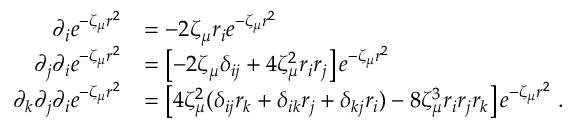
\begin{array} { r l } { \partial _ { i } e ^ { - \zeta _ { \mu } r ^ { 2 } } } & { = - 2 \zeta _ { \mu } r _ { i } e ^ { - \zeta _ { \mu } r ^ { 2 } } } \\ { \partial _ { j } \partial _ { i } e ^ { - \zeta _ { \mu } r ^ { 2 } } } & { = \left[ - 2 \zeta _ { \mu } \delta _ { i j } + 4 \zeta _ { \mu } ^ { 2 } r _ { i } r _ { j } \right] e ^ { - \zeta _ { \mu } r ^ { 2 } } } \\ { \partial _ { k } \partial _ { j } \partial _ { i } e ^ { - \zeta _ { \mu } r ^ { 2 } } } & { = \left[ 4 \zeta _ { \mu } ^ { 2 } ( \delta _ { i j } r _ { k } + \delta _ { i k } r _ { j } + \delta _ { k j } r _ { i } ) - 8 \zeta _ { \mu } ^ { 3 } r _ { i } r _ { j } r _ { k } \right] e ^ { - \zeta _ { \mu } r ^ { 2 } } \; . } \end{array}